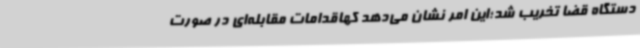
دستگاه قضا تخریب شد؛این امر نشان می‌دهد کهاقدامات مقابله‌ای در صورت